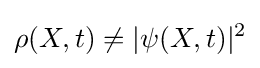
\rho (X,t)\neq |\psi (X,t)|^{2}